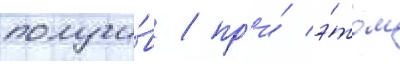
получи́в / пр'и́ э́том